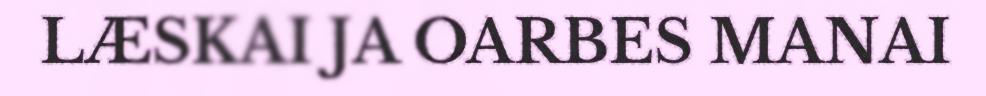
LÆSKAI JA OARBES MANAI